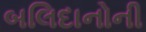
બલિદાનોની